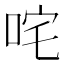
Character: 咤